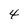
Character: 4